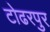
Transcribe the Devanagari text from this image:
टोढरपुर